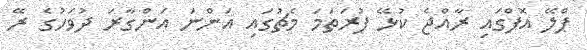
ޕްލޭ އޮފްގައި ރާއްޖެ ކުޅޭ ފުރަތަމަ މެޗުގައި އަންނަ އަންގާރަ ދުވަހުގެ ރޭ